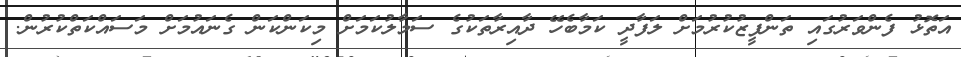
އަތޮޅު ފެންވަރުގައި ތަންފީޒުކުރުމަށް ލަފާދީ ކަމާބެހޭ ދާއިރާތަކުގެ ސަމާލުކަމަށް މިކަންކަން ގެނައުމަށް މަސައްކަތްކުރުން.